Report of the Hyderabad Chloroform Commission
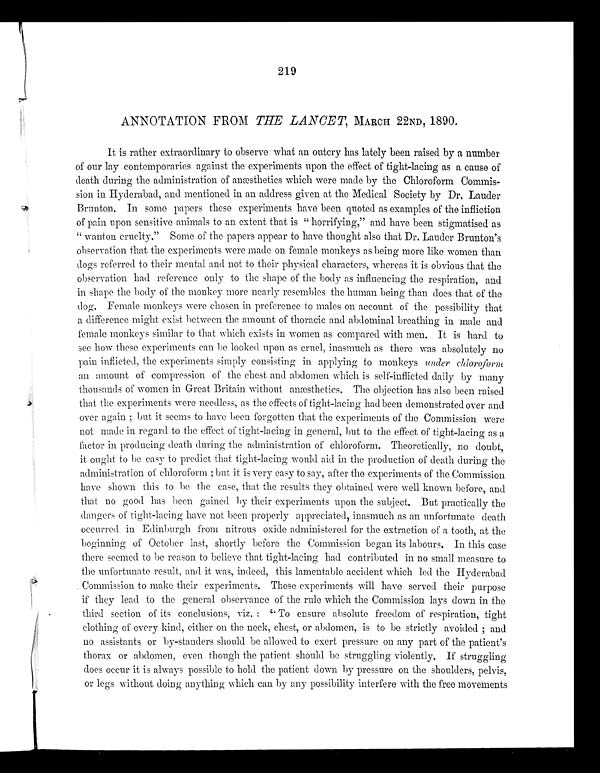
219
ANNOTATION FROM THE LANCET, MARCH 22ND, 1890.
It is rather extraordinary to observe what an outcry has lately been raised by a number
of our lay contemporaries against the experiments upon the effect of tight-lacing as a cause of
death during the administration of anæsthetics which were made by the Chloroform Commis
-
sion in Hyderabad, and mentioned in an address given at the Medical Society by Dr. Lauder
Brunton. In some papers these experiments have been quoted as examples of the infliction
of pain upon sensitive animals to an extent that is "horrifying," and have been stigmatised as
"wanton cruelty." Some of the papers appear to have thought also that Dr. Lauder Brunton's
observation that the experiments were made on female monkeys as being more like women than
dogs referred to their mental and not to their physical characters, whereas it is obvious that the
observation had reference only to the shape of the body as influencing the respiration, and
in shape the body of the monkey more nearly resembles the human being than does that of the
dog. Female monkeys were chosen in preference to males on account of the possibility that
a difference might exist between the amount of thoracic and abdominal breathing in male and
female monkeys similar to that which exists in women as compared with men. It is hard to
see how these experiments can be looked upon as cruel, inasmuch as there was absolutely no
pain inflicted, the experiments simply consisting in applying to monkeys under chloroform
an amount of compression of the chest and abdomen which is self-inflicted daily by many
thousands of women in Great Britain without anæsthetics. The objection has also been raised
that the experiments were needless, as the effects of tight-lacing had been demonstrated over and
over again; but it seems to have been forgotten that the experiments of the Commission were
not made in regard to the effect of tight-lacing in general, but to the effect of tight-lacing as a
factor in producing death during the administration of chloroform. Theoretically, no doubt,
it ought to be easy to predict that tight-lacing would aid in the production of death during the
administration of chloroform; but it is very easy to say, after the experiments of the Commission
have shown this to be the case, that the results they obtained were well known before, and
that no good has been gained by their experiments upon the subject. But practically the
dangers of tight-lacing have not been properly appreciated, inasmuch as an unfortunate death
occurred in Edinburgh from nitrous oxide administered for the extraction of a tooth, at the
beginning of October last, shortly before the Commission began its labours. In this case
there seemed to be reason to believe that tight-lacing had contributed in no small measure to
the unfortunate result, and it was, indeed, this lamentable accident which led the Hyderabad
Commission to make their experiments. These experiments will have served their purpose
if they lead to the general observance of the rule which the Commission lays down in the
third section of its conclusions, viz.: "To ensure absolute freedom of respiration, tight
clothing of every kind, either on the neck, chest, or abdomen, is to be strictly avoided; and
no assistants or by-standers should be allowed to exert pressure on any part of the patient's
thorax or abdomen, even though the patient should be struggling violently. If struggling
does occur it is always possible to hold the patient down by pressure on the shoulders, pelvis,
or legs without doing anything which can by any possibility interfere with the free movements